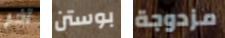
آخر بوستن مزدوجة